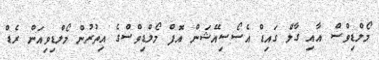
މޯލްޑިވްސް އާއި ގާލް ގައިޑް އެސޯސިއޭޝަން އޮފް މޯލްޑިވްސްގެ އިތުރުން މޯލްޑިވިއަން ރެޑް